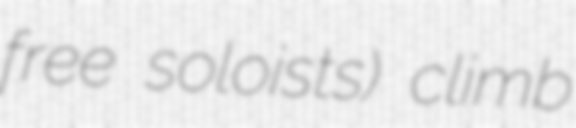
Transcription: free soloists) climb